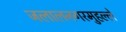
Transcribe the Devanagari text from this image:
जलालनगरमुहल्ले